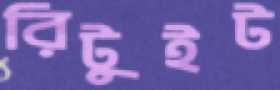
রিটুইট